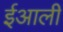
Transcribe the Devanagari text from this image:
ईआली